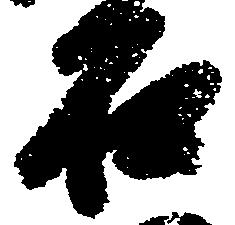
石